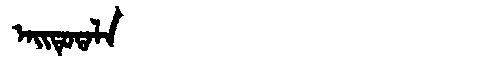
Manchu: ᠠᡳᡨᡠᡨᠠᠯᠠ
Romanization: AITUTALA